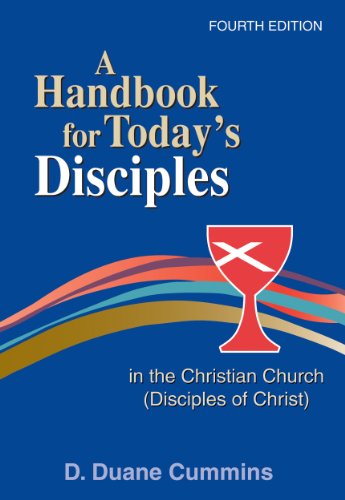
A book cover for A Handbook for Today's Disciples in the Christian Church (Disciples of Christ) 4th Ed.: Fourth Edition; Dr. D Cummins; Christian Books & Bibles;